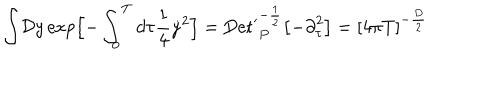
LaTeX: { \displaystyle \int } { \cal D } y \, \mathrm { e x p } \Bigl [ - \int _ { 0 } ^ { T } d \tau { \frac { 1 } { 4 } } { \dot { y } } ^ { 2 } \Bigr ] = \mathrm { D e t ^ { \prime } } _ { P } ^ { - { \frac { 1 } { 2 } } } \bigl [ - { \partial } _ { \tau } ^ { 2 } \bigr ] = { \lbrack 4 \pi T \rbrack } ^ { - { \frac { D } { 2 } } } \,